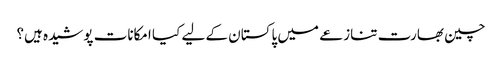
چین بھارت تنازعے میں پاکستان کے لیے کیا امکانات پوشیدہ ہیں؟